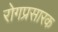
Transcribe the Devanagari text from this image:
रोगप्रसारक